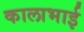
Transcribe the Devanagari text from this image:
कालाभाई